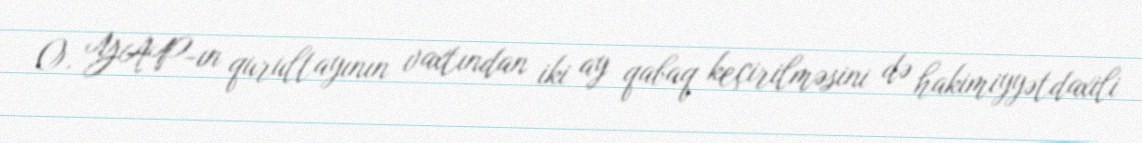
O, YAP-ın qurultayının vaxtından iki ay qabaq keçirilməsini də hakimiyyətdaxili